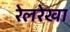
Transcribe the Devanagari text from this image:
रेलरेखा